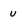
Character: U